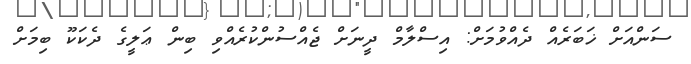
ސަންއަށް ޚަބަރެއް ދެއްވުމަށް: އިސްލާމް ދީނަށް ޖެއްސުންކުރެއްވި ބިން ޢަލީގެ ދެކަކޫ ބިމަށް